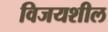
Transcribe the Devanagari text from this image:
विजयशील